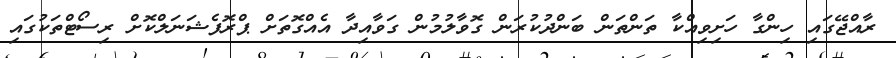
ރާއްޖޭގައި ހިންގާ ހަށިވިއްކާ ތަންތަން ބަންދުކުރަން ގޮވާލުމުން ގަވާއިދާ އެއްގޮތަށް ޕްރޮފެޝަނަލްކޮށް ރިސޯޓްތަކުގައި